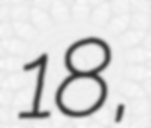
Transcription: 18,